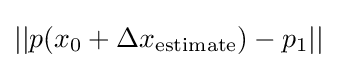
||p(x_{0}+\Delta x_{\text{estimate}})-p_{1}||